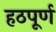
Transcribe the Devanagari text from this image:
हठपूर्ण